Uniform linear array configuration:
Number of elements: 8
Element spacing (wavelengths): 0.5
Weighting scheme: exponential
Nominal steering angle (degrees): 45
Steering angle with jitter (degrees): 46.538
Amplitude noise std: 0.05
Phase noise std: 0.05

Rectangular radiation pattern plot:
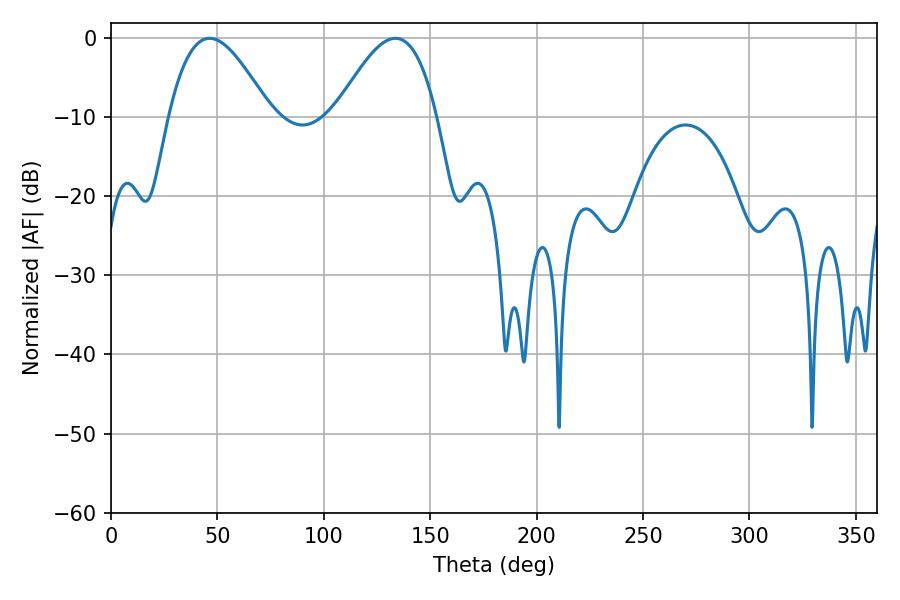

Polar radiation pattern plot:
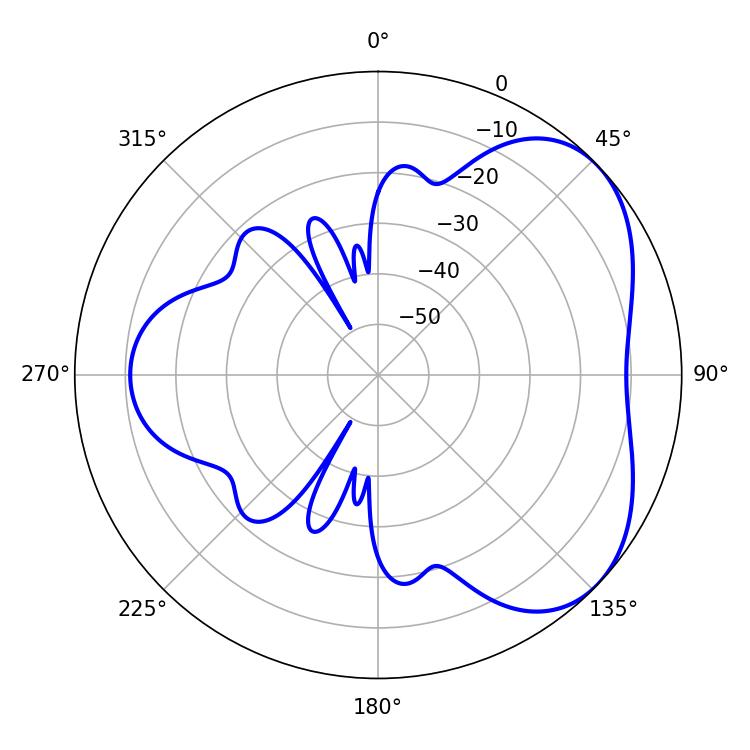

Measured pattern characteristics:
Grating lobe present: FALSE
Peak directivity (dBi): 4.444
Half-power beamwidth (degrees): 25.74
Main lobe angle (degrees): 46.44